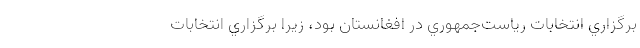
برگزاري انتخابات رياست‌جمهوري در افغانستان بود، زيرا برگزاري انتخابات